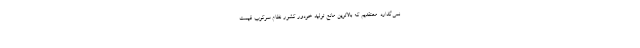
نمی‌گذارد. معتقدیم که بالاترین مانع تولید خودور کشور نظام سرکوب قیمت